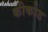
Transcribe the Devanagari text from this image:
कीकोड